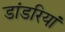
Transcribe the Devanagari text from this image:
डांडरियां